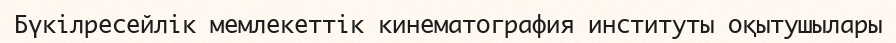
Бүкілресейлік мемлекеттік кинематография институты оқытушылары